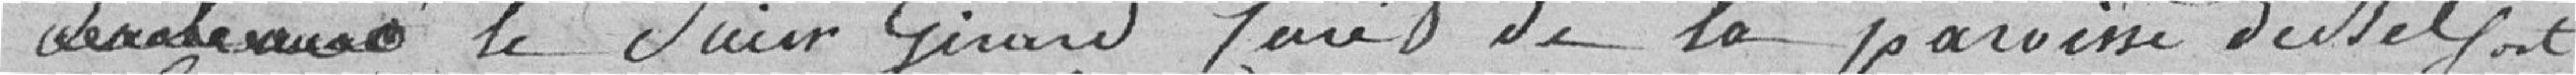
le Sieur Girard Curé de la paroisse de Belfort